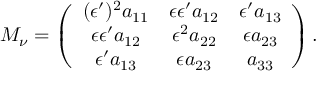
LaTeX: M _ { \nu } = \left( \begin{array} { c c c } { { ( \epsilon ^ { \prime } ) ^ { 2 } a _ { 1 1 } } } & { { \epsilon \epsilon ^ { \prime } a _ { 1 2 } } } & { { \epsilon ^ { \prime } a _ { 1 3 } } } \\ { { \epsilon \epsilon ^ { \prime } a _ { 1 2 } } } & { { \epsilon ^ { 2 } a _ { 2 2 } } } & { { \epsilon a _ { 2 3 } } } \\ { { \epsilon ^ { \prime } a _ { 1 3 } } } & { { \epsilon a _ { 2 3 } } } & { { a _ { 3 3 } } } \end{array} \right) .